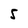
Character: S